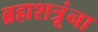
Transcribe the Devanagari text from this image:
ब्रह्मशत्रूंना